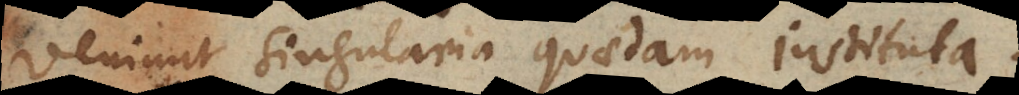
veniunt singularia quaedam instituta.